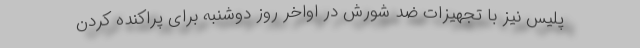
پلیس نیز با تجهیزات ضد شورش در اواخر روز دوشنبه برای پراکنده کردن